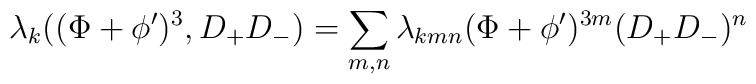
\lambda_{k}((\Phi + \phi^{\prime} )^3,D_{+}D_{-})= \sum_{m,n} \lambda_{kmn} (\Phi + \phi^{\prime})^{3m} (D_{+}D_{-})^{n}